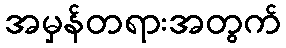
အမှန်တရားအတွက်